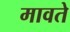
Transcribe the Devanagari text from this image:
मावते